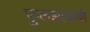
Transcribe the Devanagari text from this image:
फुलझाडाची